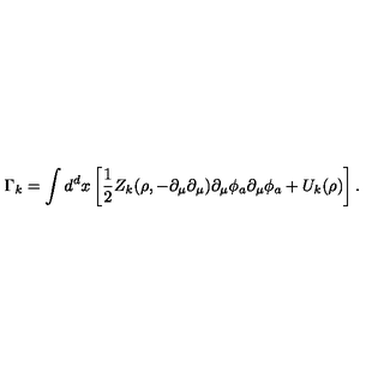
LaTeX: \Gamma _ { k } = \int d ^ { d } x \left[ \frac { 1 } { 2 } Z _ { k } ( \rho , - \partial _ { \mu } \partial _ { \mu } ) \partial _ { \mu } \phi _ { a } \partial _ { \mu } \phi _ { a } + U _ { k } ( \rho ) \right] .